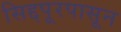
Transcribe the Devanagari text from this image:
सिद्दपूरपासून